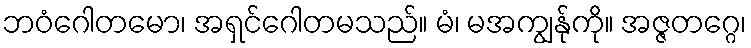
ဘဝံဂေါတမော၊ အရှင်ဂေါတမသည်။ မံ၊ မအကျွန်ုကို။ အဇ္ဇတဂ္ဂေ၊